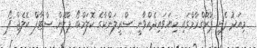
މިއަދު ފެށި ޕްރޮގްރާމްގައި ކިޔަވައިދެއްވާނީ ސްރީލަންކާގެ ކޮލަމްބޯ ޕްލޭން ސްޓާފް ކޮލެޖް ފޯ